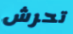
تحرش